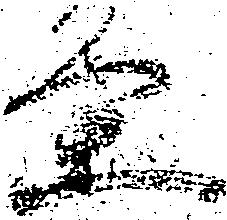
条